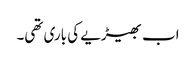
اب بھیڑیے کی باری تھی۔